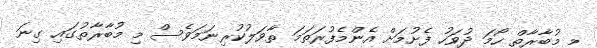
މި މުބާރާތް ހޯމަ ދުވަހު ފެށުމަށް އެެންމެފުރަތަމަ ތާވަލުކުރިނަމަވެސް މި މުބާރާތުގައި ގިނަ